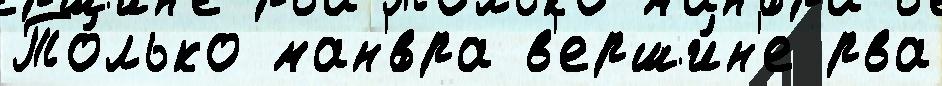
То́лько ман'́вра в'ерши́н'е рва